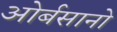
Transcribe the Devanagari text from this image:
ओर्बसानो